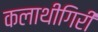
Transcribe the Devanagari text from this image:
कलाथीगिरी